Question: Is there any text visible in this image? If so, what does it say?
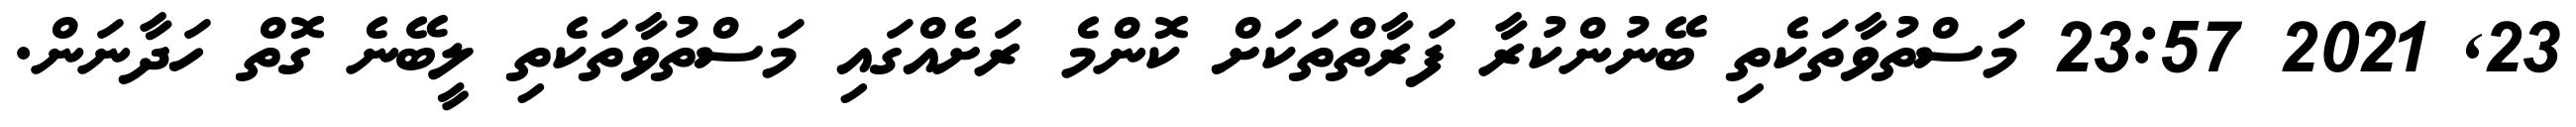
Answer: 23, 2021 23:57 މަސްތުވާތަކެތި ބޭނުންކުރާ ފަރާތްތަކަށް ކޮންމެ ރަށެއްގައި މަސްތުވާތަކެތި ލީބޭނެ ގޮތް ހަދާނަން.